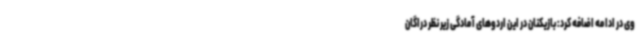
وی در ادامه اضافه کرد: بازیکنان در این اردوهای آمادگی زیر نظر دراگان